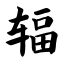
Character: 辐